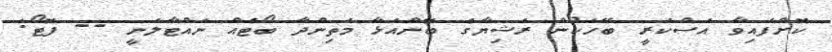
ކޮށްފައިވާ އަސްކަރީ ބޭހަކުން ރަޝިޔާގެ ބޮންއަޅާ މަތިންދާ ބޯޓެއް ނައްޓާލަނީ -- ފޮޓޯ: